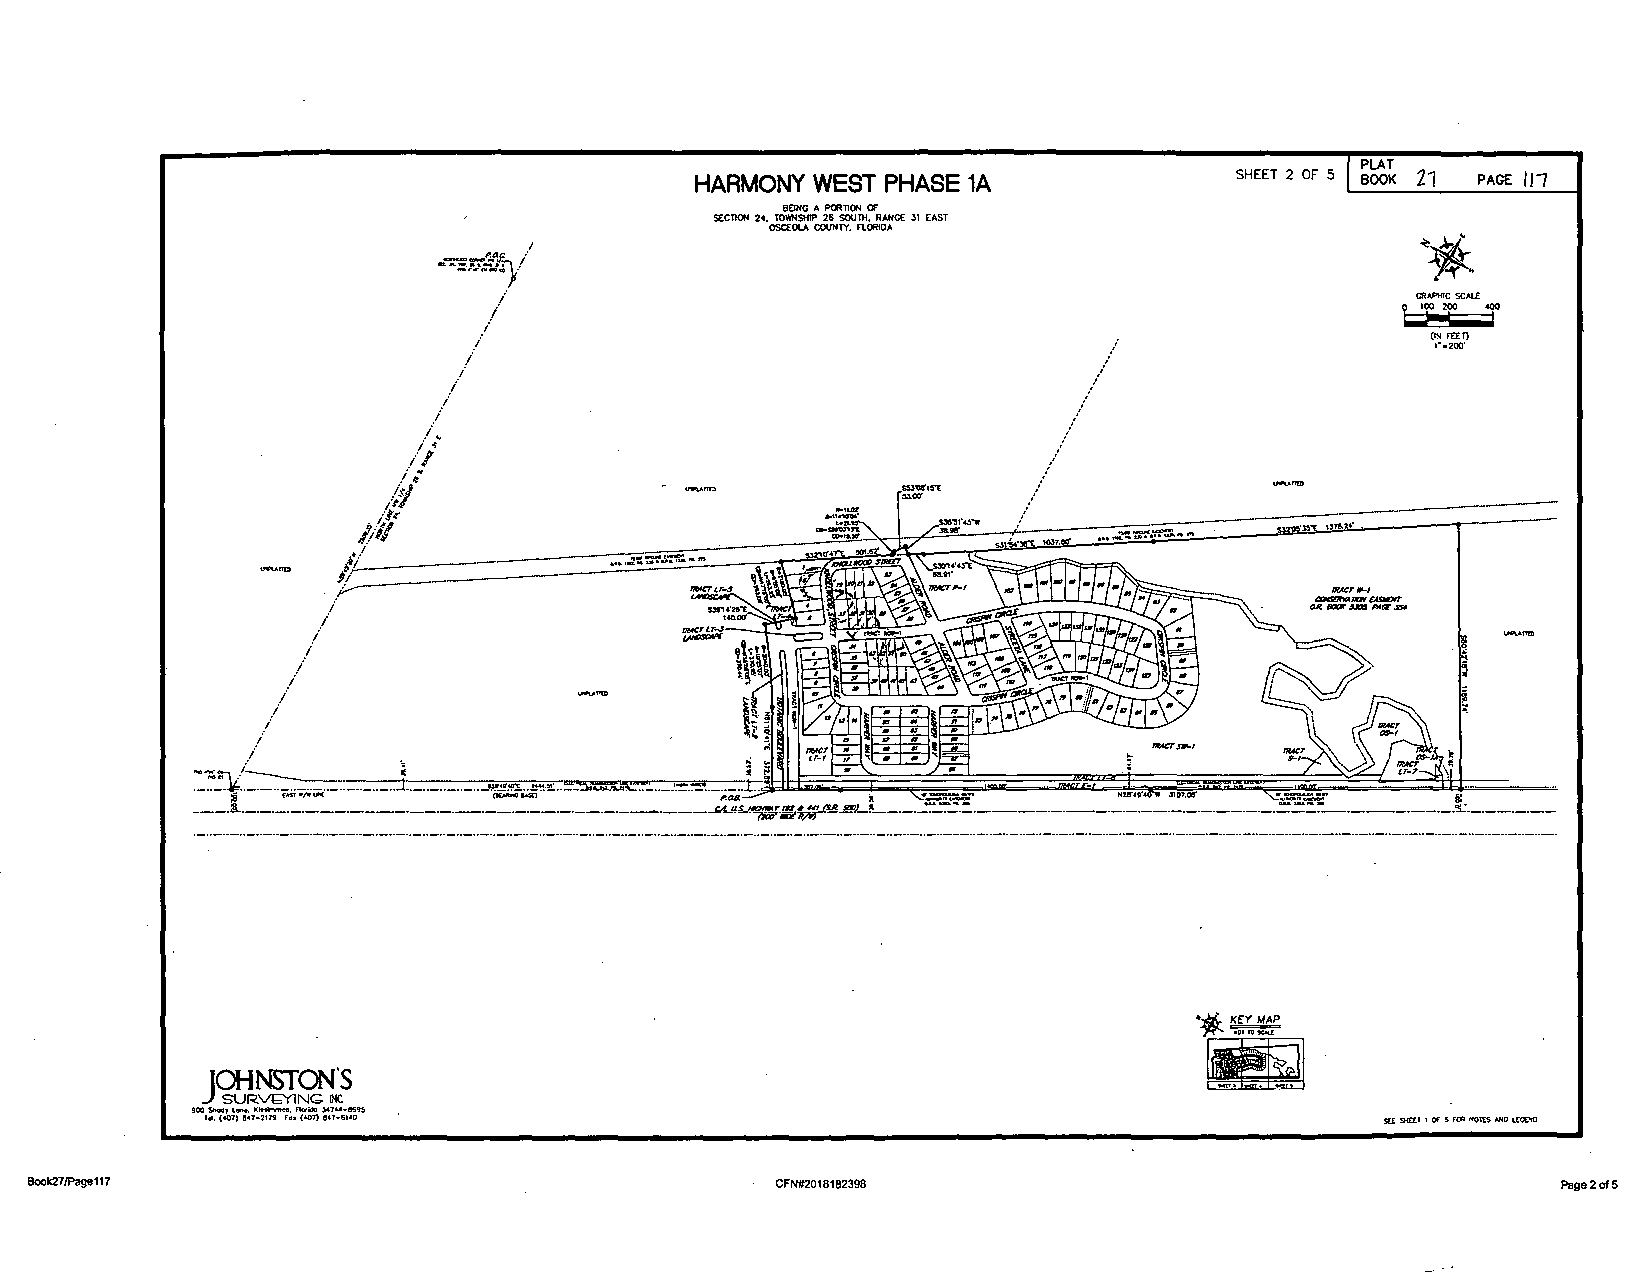
PLAT
 HARMONY WEST PHASE 1A               SHEET 2 OF 5 BOOK 21 PAGE 111
 SECTION 24-,
 TOB YO mN SG
 H
 IPA 2P 6O RsToIOuNrn .O F
 R ANGE J1 EAST
 OSCEOLA COUNTY, FlORIOA
 I                                                         ~. ~
 -~u:.~)/
 /                                                           t;.G;R.A;P0HIC0 S CAU:T
 I
 /
 I                                                              (I1N·-F2'EoEcrO
 I
 i
 i
 /                                       //
 I
 /-..
 i ...
 /I
 /1:""                                     ,,.,/
 hi                                . S. 5. 3. ". 0. !'15"E
 it7                                       //
 /1. / l,/ l'" '               ---~- ·-·- .,      llU...z%~._~,._,.. ''l!"t. ---1.lll.a,·
 ,,,
 111~ .•: I ---    ._.._,..:,.:.; ..,:.·--.-'."::-,;·~- -. ,.. ,.- . ,"~ .. ,' -~ ••~t l(JI ~CU.«xN::u,a.,c, --­
 -~                                         IHACT1'-I
 i                                                                OR IIOQ(.u:tl Nt:r.J:U
 /
 i
 I
 I
 I
 I
 I
 -~-=It S____________               -~£..
 ~                       11MCTS,-1
 ..1 -- -- -- -- =~~--..,.=--=--~----
 .......
 lt07.ois'
 ··-··-··-··-··-··-··-··-··-··-··-··-··-··-··-··-··-··-·· . ··-··-··-··-··--·-··-··--·-··-··-··-··-··-··-··-··-··--·--·-··----
 •--bC. ~
 ~llOTl'O'JCAL[
 ~
 Ja-lNSTON'S
 SUR\/l;YING IHC
 900 9>ody Lan•, l<lnhwnff. no,a, JOU-11695
 fd. (407) &•7-2119 F"o• (407) 847-6110                                        SEE 9iEET 1 OF 5 FOR NOTtS -'NO L(CCIO
 Book27/Page117                                    CFN#2018182398                                      Page 2 of 5